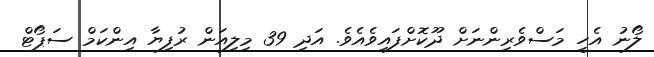
ލޯނު އެހީ މަސްވެރިންނަށް ދޫކޮށްފައިވެއެވެ. އަދި 39 މިލިއަން ރުފިޔާ އިންކަމް ސަޕޯޓް